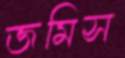
জমিস